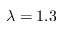
\lambda = 1 . 3